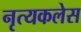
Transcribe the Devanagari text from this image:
नृत्यकलेस